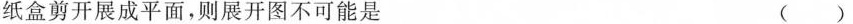
纸盒剪开展成平面，则展开图不可能是 ()